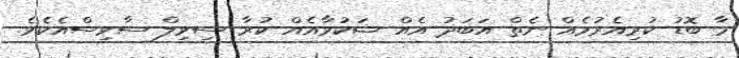
މާ ބޮޑު ކުރިއެރުމެއް ނެތް އަބަދު އެއް ޝަކުވާއެއް ކުރާ ސިވިލް ސާވިސްއެކެވެ.